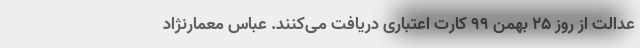
عدالت از روز 25 بهمن 99 کارت اعتباری دریافت می‌کنند. عباس معمارنژاد